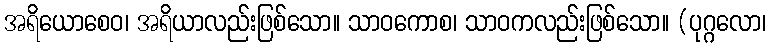
အရိယောစေဝ၊ အရိယာလည်းဖြစ်သော။ သာဝကောစ၊ သာဝကလည်းဖြစ်သော။ (ပုဂ္ဂလော၊